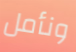
ونأمل